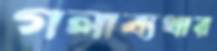
গলাব্যথার